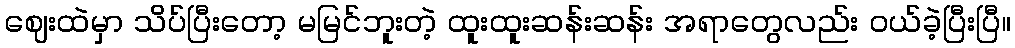
ဈေးထဲမှာ သိပ်ပြီးတော့ မမြင်ဘူးတဲ့ ထူးထူးဆန်းဆန်း အရာတွေလည်း ဝယ်ခဲ့ပြီးပြီ။